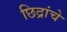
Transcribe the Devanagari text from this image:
छिद्रांचे